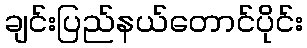
ချင်းပြည်နယ်တောင်ပိုင်း